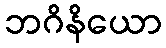
ဘဂိနိယော